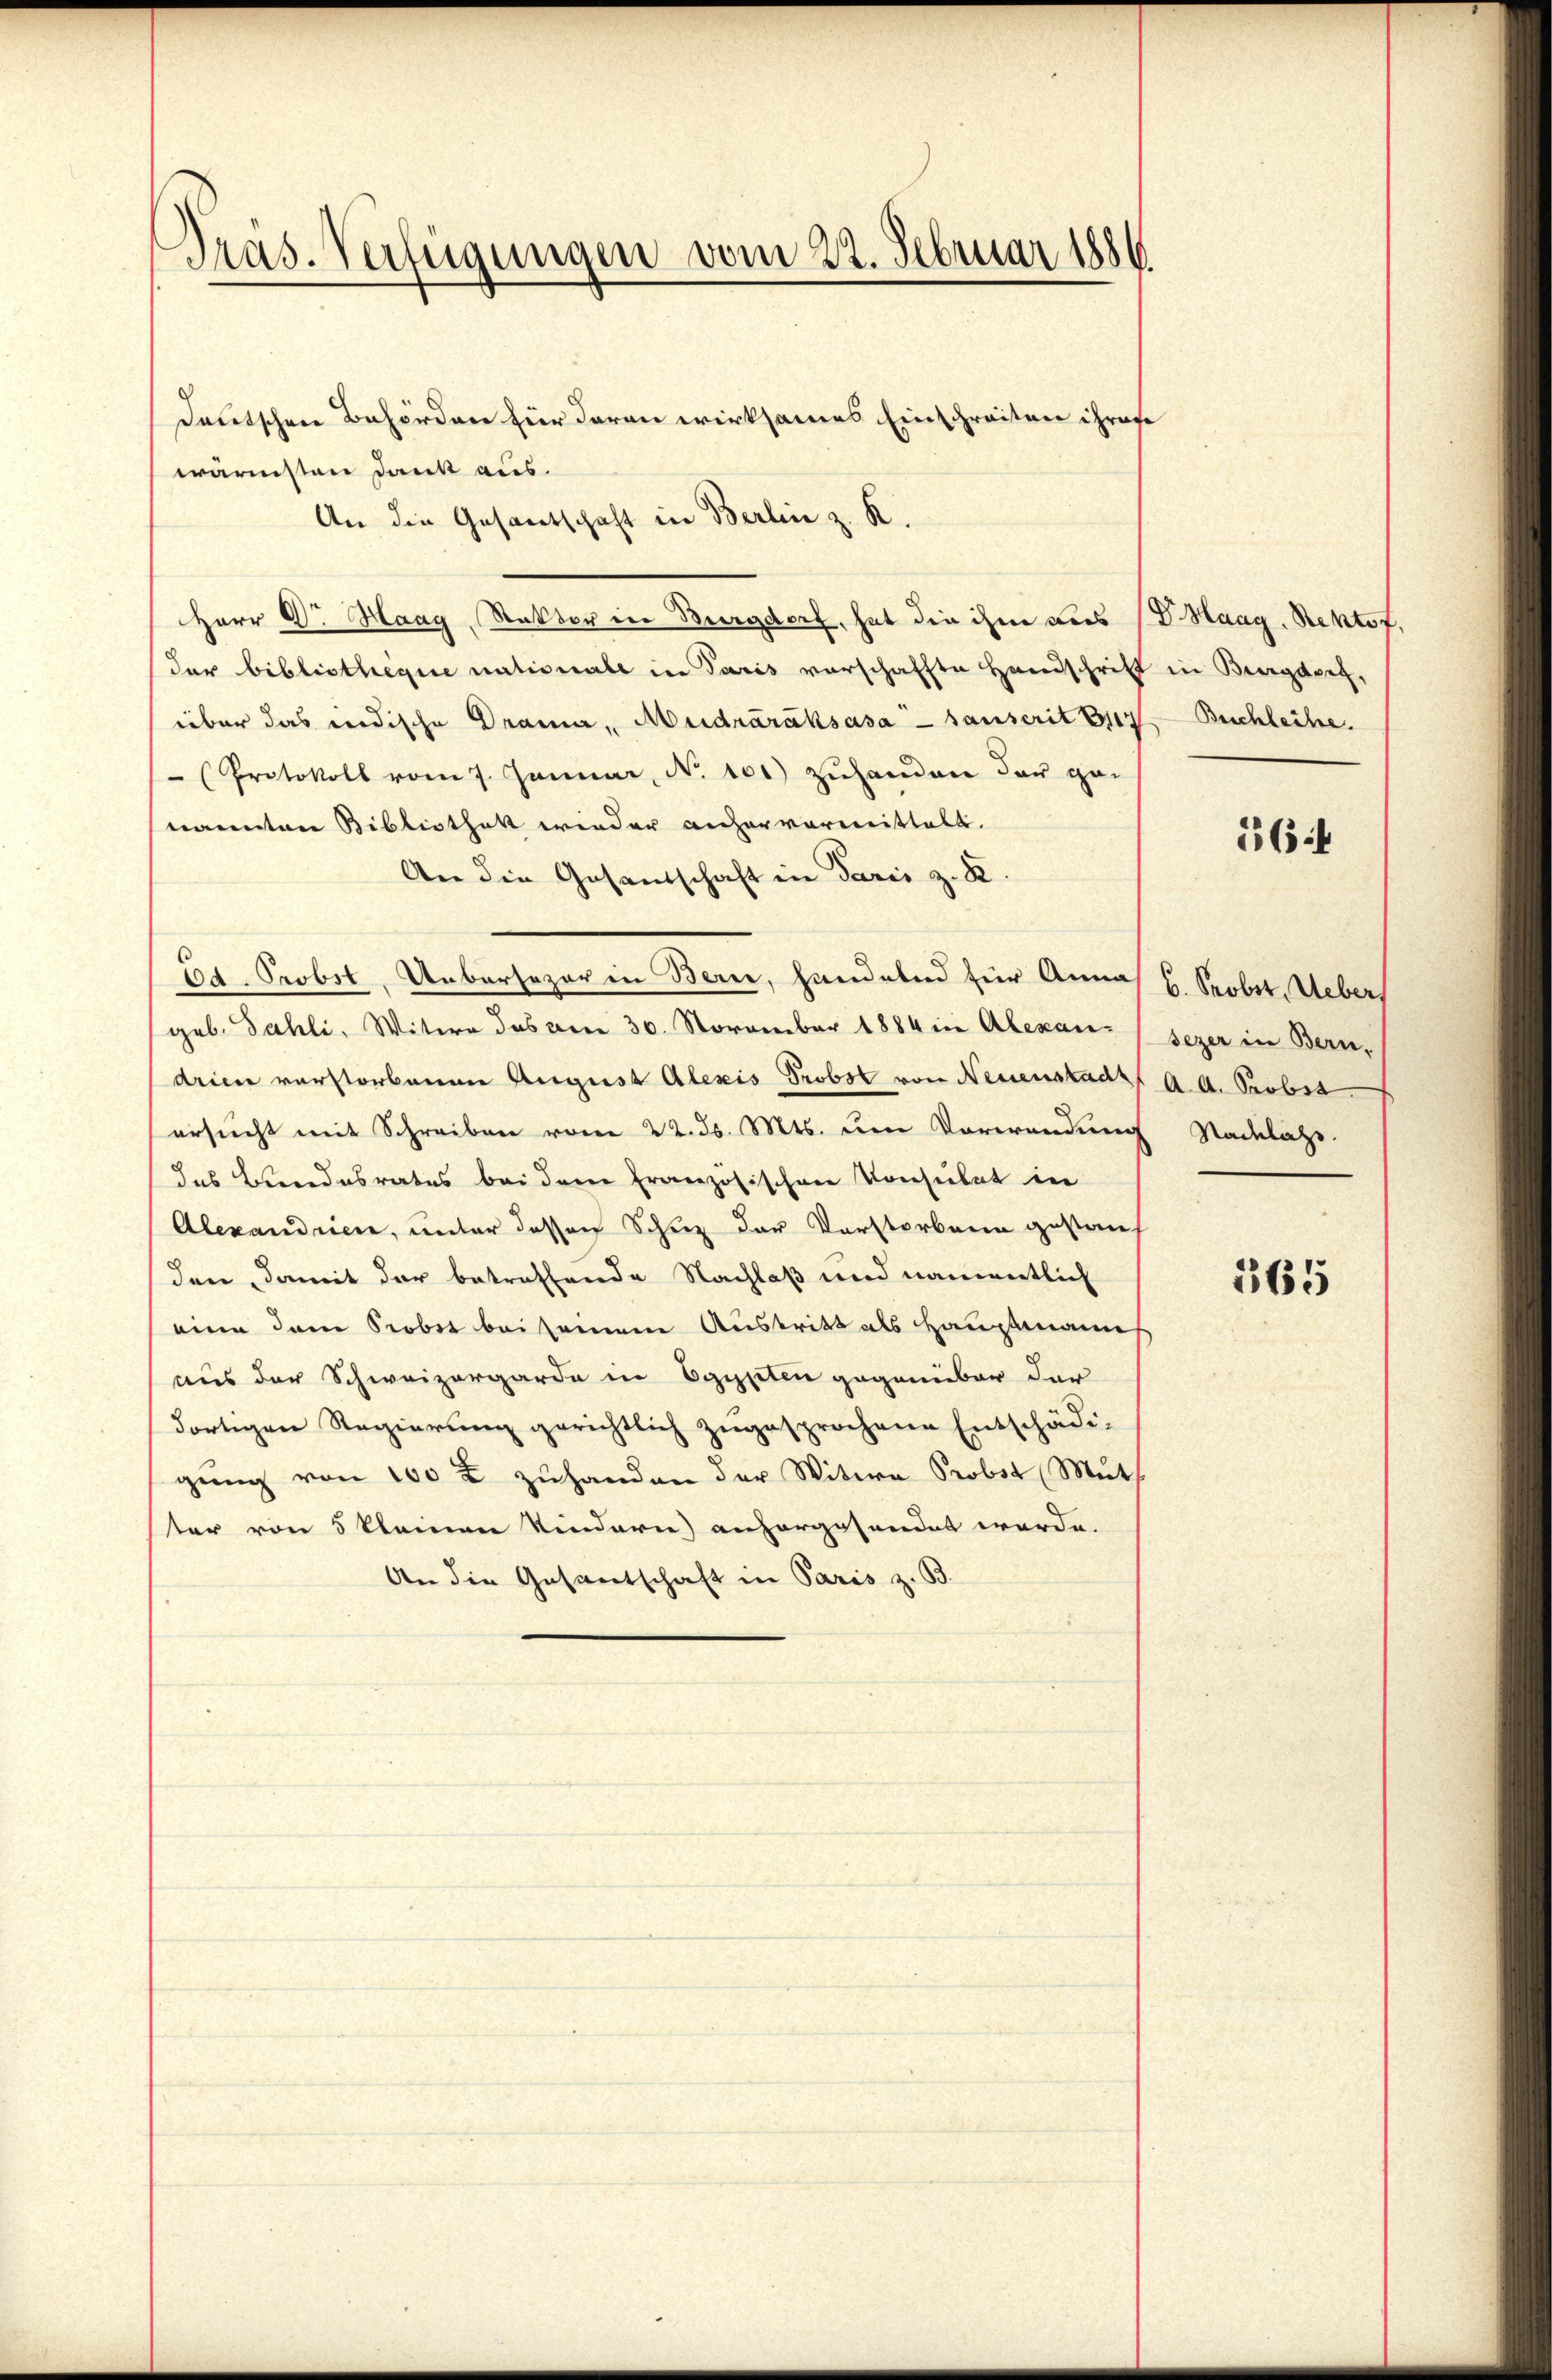
Pras. Verfügungen vom 22. Februar 1886

deutschen Behörden für daran wirksames Einschreiten ihres
wärmsten Dank aus.
An die Gesandschaft in Berlin z. R.
Herr Dr. Haag, Rektor in Burgdorf, hat die ihm dies (V. Haag, Rektot.
der bibliotheqire nationale in Paris vorschaffte Handschrift in Burgdorf,
über das indische Drama, Mudráráksása - sanscrit Bez
Protokoll vom 7. Januar, No 101) zuhanden der ge-
nannten Bibliothek wieder anhervormittelt.
An die Gesandschaft in Paris z. R.
Bd. Probst, Uebersezer in Bern, handelnd zur Annah H. Probst Ueber,
geb. Sahli, Witwe das vom 30. November 1884 in Alexan- (sezer in Bern,
drien verstorbenen August Alexis Probst von Neuenstadt A. A. Probst
ersucht mit Schreiben vom 22. ds. Mts. um Vorwandung
das Bundesrates bei dem französischen Konsulat in
Alexandrien, unter dessen Schuz der Vorstorbene gestauf
den, damit der betreffende Nachlaß und namentlich
eine dann Robot bei seinem Austritt als Hauptmann
aus der Schweizergarde in Egypten gegenüber der
dortigen Regierung gerichtlich zugesprochene Entschädi-
gŭng von 100 x zuhanden der Witwe Probst Mut
ter von 5 kleinen Kindern ansorgesandet werde.
An die Gesantschaft in Paris z. B.

Buchleihe.

664

Nachlass.

365